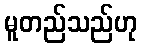
မူတည်သည်ဟု